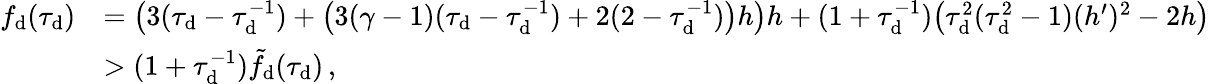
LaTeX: \begin{array}{rl}{f_{\mathrm{d}}(\tau_{\mathrm{d}})}&{=\big(3(\tau_{\mathrm{d}}-\tau_{\mathrm{d}}^{-1})+\big(3(\gamma-1)(\tau_{\mathrm{d}}-\tau_{\mathrm{d}}^{-1})+2(2-\tau_{\mathrm{d}}^{-1})\big)h\big)h+(1+\tau_{\mathrm{d}}^{-1})\big(\tau_{\mathrm{d}}^{2}(\tau_{\mathrm{d}}^{2}-1)(h^{\prime})^{2}-2h\big)}\\ &{>(1+\tau_{\mathrm{d}}^{-1})\tilde{f}_{\mathrm{d}}(\tau_{\mathrm{d}})\, ,}\end{array}